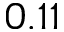
0 . 1 1